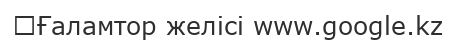
→Ғаламтор желісі www.google.kz